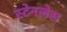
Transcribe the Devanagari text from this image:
स्‍टेनलेस